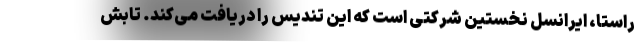
راستا، ایرانسل نخستین شرکتی است که این تندیس را دریافت می‌کند. تابش